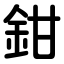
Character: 鉗